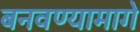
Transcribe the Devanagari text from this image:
बनवण्यामागे